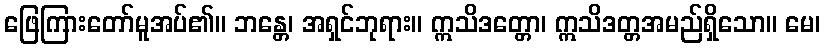
ဖြေကြားတော်မူအပ်၏။ ဘန္တေ၊ အရှင်ဘုရား။ ဣသိဒတ္တော၊ ဣသိဒတ္တအမည်ရှိသော။ မေ၊